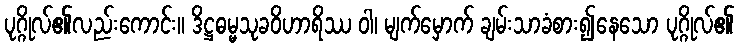
ပုဂ္ဂိုလ်၏လည်းကောင်း။ ဒိဋ္ဌဓမ္မသုခဝိဟာရိဿ ဝါ၊ မျက်မှောက် ချမ်းသာခံစား၍နေသော ပုဂ္ဂိုလ်၏